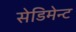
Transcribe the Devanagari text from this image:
सेडिमेन्ट